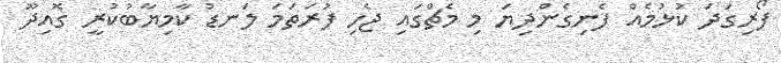
ފޯރިގަދަ ކުޅުމެއް ފެނިގެންދިޔަ މި މެޗްގައި ޖެހި ފުރަތަމަ ލަނޑު ކާމިޔާބުކުރީ ގޮއިދޫ